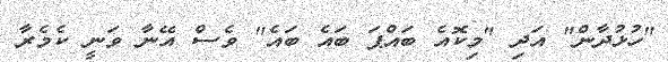
"ހުޅުދާން" އަދި "މިކޮއެ ބައްޕަ ބައެ ބައެ" ވެސް އޭނާ ވަނީ ކެމެރާ